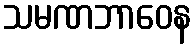
သမဏဘာဝေန